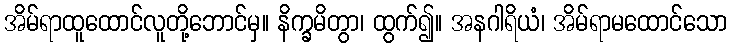
အိမ်ရာထူထောင်လူတို့ဘောင်မှ။ နိက္ခမိတွာ၊ ထွက်၍။ အနဂါရိယံ၊ အိမ်ရာမထောင်သော